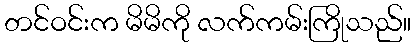
တင်ဝင်းက မိမိကို လက်ကမ်းကြိုသည်။